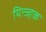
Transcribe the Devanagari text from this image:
यित्ज्हक